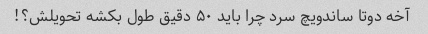
آخه دوتا ساندویچ سرد چرا باید ۵۰ دقیق طول بکشه تحویلش؟!